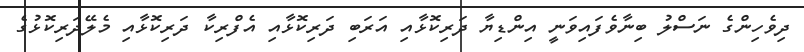
ދިވެހިންގެ ނަސްލު ބިނާވެފައިވަނީ އިންޑިޔާ ދަރިކޮޅާއި އަރަބި ދަރިކޮޅާއި އެފްރިކާ ދަރިކޮޅާއި މެލޭދަރިކޮޅުގެ